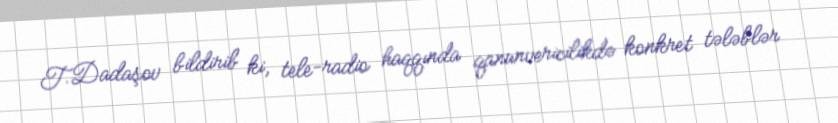
T.Dadaşov bildirib ki, tele-radio haqqında qanunvericilikdə konkret tələblər